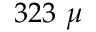
3 2 3 ~ \mu